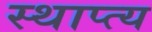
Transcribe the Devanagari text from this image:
स्थाप्त्य